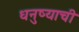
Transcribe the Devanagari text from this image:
धनुष्याची